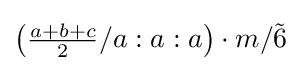
\left({\tfrac {a+b+c}{2}}/a:a:a\right)\cdot m/{\tilde {6}}